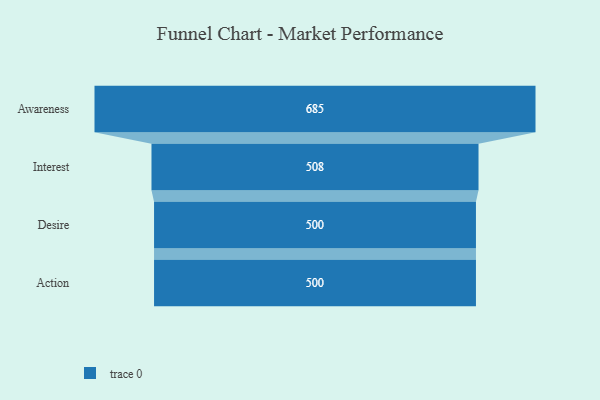
{"axis": {"x": "Stage", "y": "Value"}, "legend": [""], "data": [{"x": "Awareness", "y": 685.0, "type": ""}, {"x": "Interest", "y": 508.0, "type": ""}, {"x": "Desire", "y": 500, "type": ""}, {"x": "Action", "y": 500, "type": ""}]}